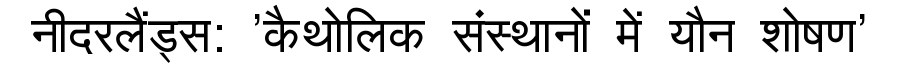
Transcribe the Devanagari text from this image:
नीदरलैंड्स: 'कैथोलिक संस्थानों में यौन शोषण'